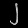
Digit: ၂